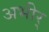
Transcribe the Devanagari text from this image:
अभीर्